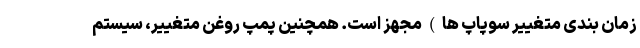
زمان بندی متغییر سوپاپ ها ) مجهز است. همچنین پمپ روغن متغییر، سیستم